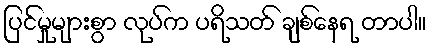
ပြင်မှုများစွာ လုပ်က ပရိသတ် ချစ်နေရ တာပါ။